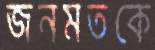
জনমতকে